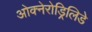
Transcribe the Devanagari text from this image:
ओक्नेरोड्रिलिडे